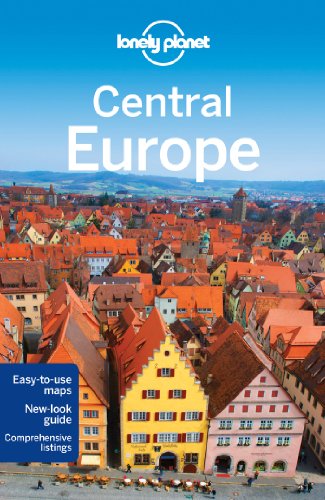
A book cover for Lonely Planet Central Europe (Travel Guide); Lonely Planet; Travel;